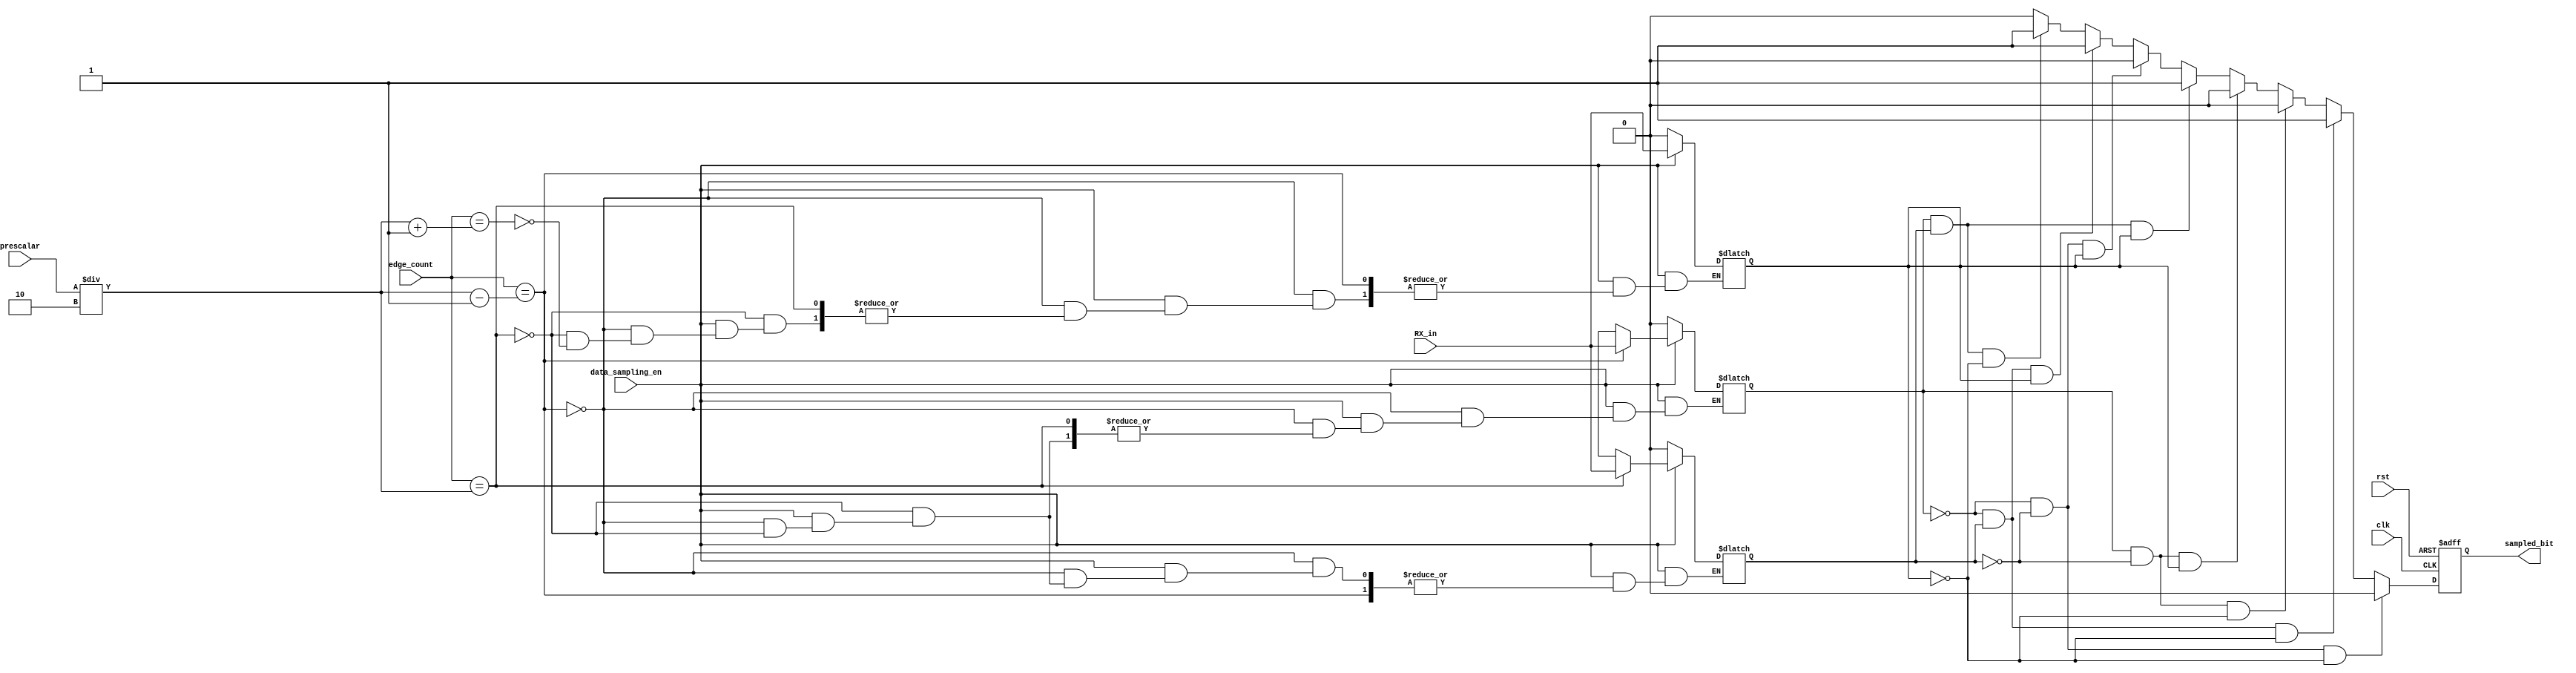
module data_sampling#(parameter pre_scalar=8, data_width=8)(
  
  input wire RX_in,
  input wire [5:0] prescalar,
  input wire data_sampling_en , 
  input wire [3:0] edge_count,
  input wire clk, rst,
  output reg sampled_bit

  );
  
  reg first_sample;
  reg second_sample;
  reg third_sample;
  
  reg temp;
  
  always@(*)
    begin
      if(data_sampling_en)
        begin
          if(edge_count == ((prescalar/2)-1))
            begin
              first_sample=RX_in;
            end
          else if(edge_count == (prescalar/2))
              begin
              second_sample=RX_in;
            end
          else if(edge_count == ((prescalar/2)+1))
              begin
              third_sample=RX_in;
            end
          else
            begin
              first_sample = first_sample;
              second_sample = second_sample;
              third_sample = third_sample;
            end
      end
    else
      begin
        first_sample='b0;
        second_sample='b0;
        third_sample='b0;
    end
  end
  
  always@(*)
    begin
      if((first_sample=='b0)&&(second_sample=='b0)&&(third_sample=='b0))
        begin
          temp='b0;
        end
      else if((first_sample=='b0)&&(second_sample=='b1)&&(third_sample=='b0))
        begin
          temp='b1;
        end
      else if((first_sample=='b1)&&(second_sample=='b0)&&(third_sample=='b0))
        begin
          temp='b0;
        end 
      else if((first_sample=='b1)&&(second_sample=='b0)&&(third_sample=='b1))
        begin
          temp='b0;
        end  
      else if((first_sample=='b1)&&(second_sample=='b1)&&(third_sample=='b1))
        begin
          temp='b1;
        end   
      else if((first_sample=='b0)&&(second_sample=='b0)&&(third_sample=='b1))
        begin
          temp='b0;
        end   
      else if((first_sample=='b0)&&(second_sample=='b1)&&(third_sample=='b1))
        begin
          temp='b1;
        end   
      else if((first_sample=='b1)&&(second_sample=='b1)&&(third_sample=='b0))
        begin
          temp='b1;
        end
      else
        begin
          temp='b0;
        end
        
      end 

always@(posedge clk or negedge rst)
    begin
    if(!rst)
      begin
       sampled_bit<='b0;
     end
   else
     begin
      sampled_bit<=temp;
    end
 end

endmodule